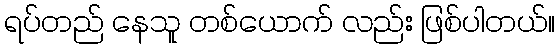
ရပ်တည် နေသူ တစ်ယောက် လည်း ဖြစ်ပါတယ်။